Civil Veterinary Department. Madras. Admin. report 1926-33 - 1926-1933
Year: 1926
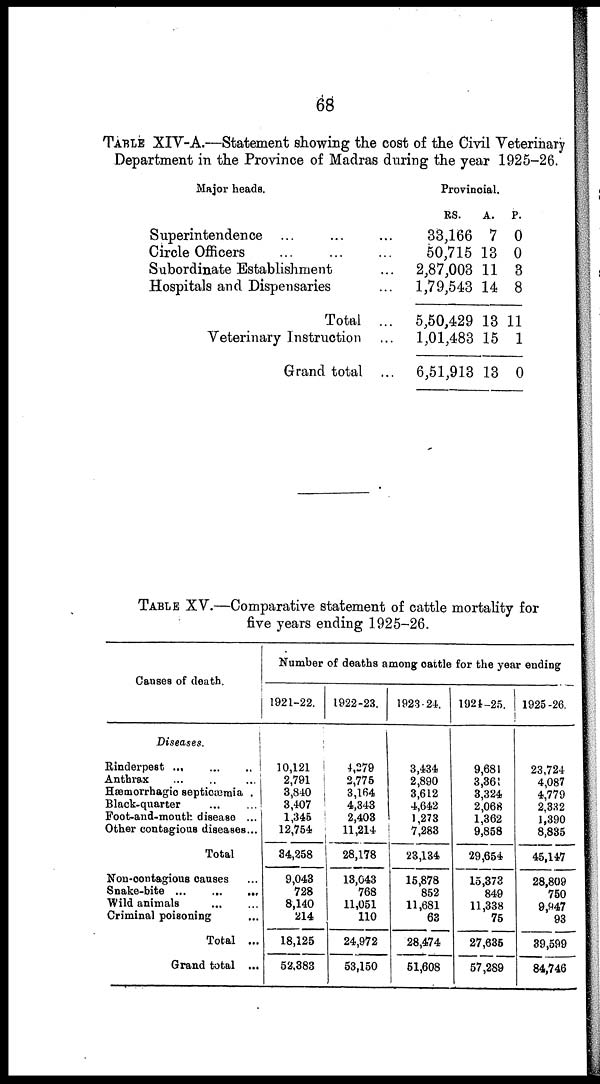
68
TABLE XIV-A.—Statement showing the cost of the Civil Veterinary
Department in the Province of Madras during the year 1925-26.
Major heads.
Superintendence ... ... ...
Circle Officers
...
...
...
Subordinate Establishment ...
Hospitals and Dispensaries ...
Total ...
Veterinary Instruction ...
Grand total ...
Provincial.
RS.
33,166
50,715
2,87,003
1,79,543
5,50,429
1,01,483
6,51,913
A.
7
13
11
14
13
15
13
P.
0
0
3
8
11
1
0
TABLE XV.—Comparative statement of cattle mortality for
five years ending 1925-26.
Causes of death.
Diseases.
Rinderpest ...
...
..
Anthrax
...
... ...
Hæmorrhagic septicæmia .
Black-quarter
...
...
Foot-and-mouth disease ...
Other contagious diseases...
Total
Non-contagious causes ...
Snake-bite
...
...
...
Wild animals
...
...
Criminal poisoning ...
Total ...
Grand total ...
Number of deaths among cattle for the year ending
1921-22.
10,121
2,791
3,840
3,407
1,345
12,754
34,258
9,043
728
8,140
214
18,125
52,383
1922-23.
4,279
2,775
3,164
4,343
2,403
11,214
28,178
18,643
768
11,051
110
24,972
53,150
1923-24.
3,434
2,890
3,612
4,642
1,273
7,283
23,134
15,878
852
11,681
63
28,474
51,608
1924-25.
9,681
3,361
3,324
2,068
1,362
9,858
29,654
15,373
849
11,338
75
27,635
57,289
1925-26.
23,724
4,087
4,779
2,332
1,390
8,835
45,147
28,809
750
9,947
93
39,599
84,746